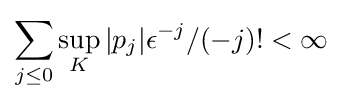
\sum _{j\leq 0}\sup _{K}|p_{j}|\epsilon ^{-j}/(-j)!<\infty